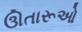
ઊતારૂઓ